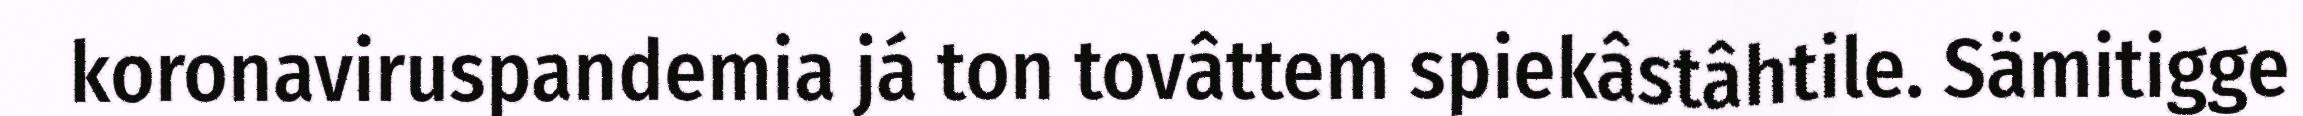
koronaviruspandemia já ton tovâttem spiekâstâhtile. Sämitigge